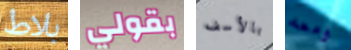
بلاط بقولي بالأسف ومعه